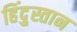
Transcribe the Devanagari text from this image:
हिंदु्स्तान